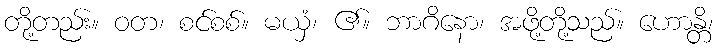
တို့တည်း။ ဝတ၊ စင်စစ်။ မယှံ၊ ၏။ ဘာဂိနော၊ အဖို့တို့သည်။ ဟောန္တိ၊